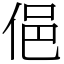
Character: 俋